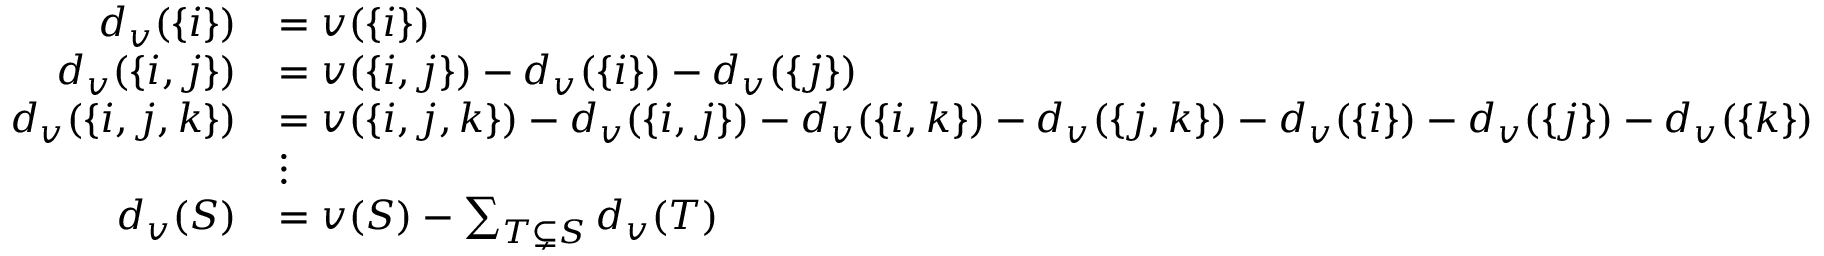
{ \begin{array} { r l } { d _ { v } ( \{ i \} ) } & { = v ( \{ i \} ) } \\ { d _ { v } ( \{ i , j \} ) } & { = v ( \{ i , j \} ) - d _ { v } ( \{ i \} ) - d _ { v } ( \{ j \} ) } \\ { d _ { v } ( \{ i , j , k \} ) } & { = v ( \{ i , j , k \} ) - d _ { v } ( \{ i , j \} ) - d _ { v } ( \{ i , k \} ) - d _ { v } ( \{ j , k \} ) - d _ { v } ( \{ i \} ) - d _ { v } ( \{ j \} ) - d _ { v } ( \{ k \} ) } \\ & { \vdots } \\ { d _ { v } ( S ) } & { = v ( S ) - \sum _ { T \subsetneq S } d _ { v } ( T ) } \end{array} }